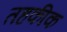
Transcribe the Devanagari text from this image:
तहकीक